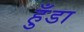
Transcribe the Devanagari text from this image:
हुँडा